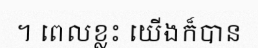
។ ពេលខ្លះ យើងក៏បាន